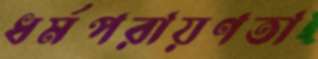
ধর্মপরায়ণতা